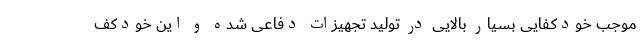
موجب خودکفایی بسیار بالایی در تولید تجهیزات دفاعی شده و این خودکف